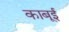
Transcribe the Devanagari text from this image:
काबूई